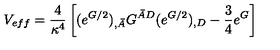
V _ { e f f } = \frac { 4 } { \kappa ^ { 4 } } \left[ ( e ^ { G / 2 } ) _ { , \bar { A } } G ^ { \bar { A } D } ( e ^ { G / 2 } ) _ { , D } - \frac { 3 } { 4 } e ^ { G } \right]